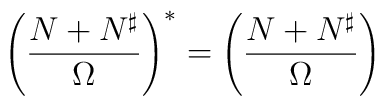
\left({{N+N^{\sharp}}\over\Omega}\right)^*=\left({{N+N^{\sharp}}\over\Omega}\right)